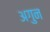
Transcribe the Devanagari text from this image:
अगुन